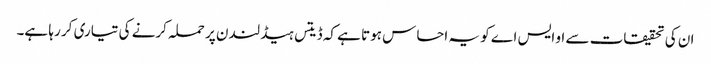
ان کی تحقیقات سے او ایس اے کو یہ احساس ہوتا ہے کہ ڈیتس ہیڈ لندن پر حملہ کرنے کی تیاری کر رہا ہے۔